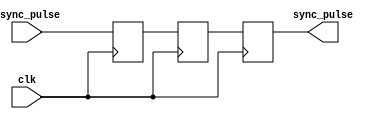
module PulseSynchronizer(
    input wire clk,
    input wire async_pulse,
    output reg sync_pulse
);

reg d1, d2;

always @(posedge clk) begin
    d1 <= async_pulse;
    d2 <= d1;
    sync_pulse <= d2;
end

endmodule